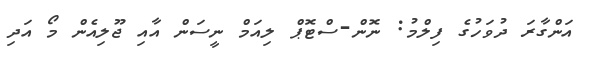
އަންގާރަ ދުވަހުގެ ފިލްމު: ނޮން-ސްޓޮޕް ލިއަމް ނީސަން އާއި ޖޫލިއެން މޯ އަދި